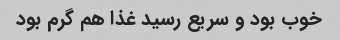
خوب بود و سریع رسید غذا هم گرم بود